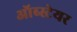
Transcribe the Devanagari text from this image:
ऑब्स्टेयर